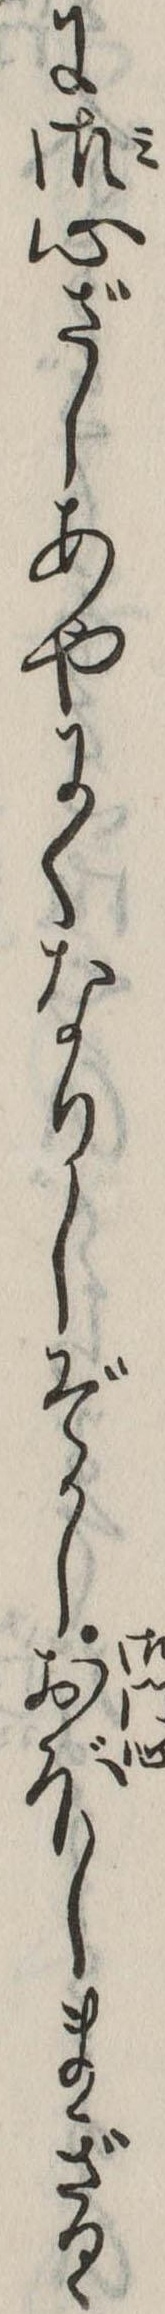
に御心ざしあやにくなりしぞかしおぼしまぎるゝ